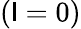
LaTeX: (\mathsf{l}=0)